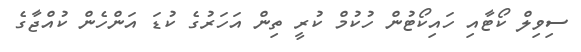
ސިވިލް ކޯޓާއި ހައިކޯޓުން ހުކުމް ކުރީ ތިން އަހަރުގެ ކުޑަ އަންހެން ކުއްޖާގެ